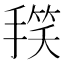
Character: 𭡻